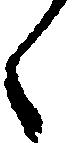
々